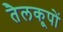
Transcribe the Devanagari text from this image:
तैलकूपों